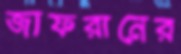
জাফরানের